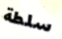
سلطة